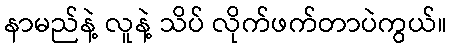
နာမည်နဲ့ လူနဲ့ သိပ် လိုက်ဖက်တာပဲကွယ်။